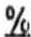
%